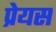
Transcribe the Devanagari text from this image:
प्रेयस